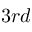
3 r d